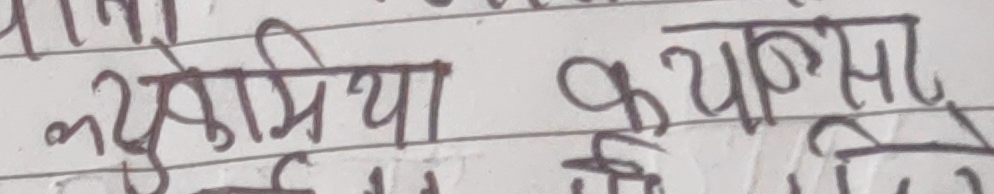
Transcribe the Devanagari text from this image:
ल्यूकेमिया कैंसर